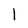
Character: 1